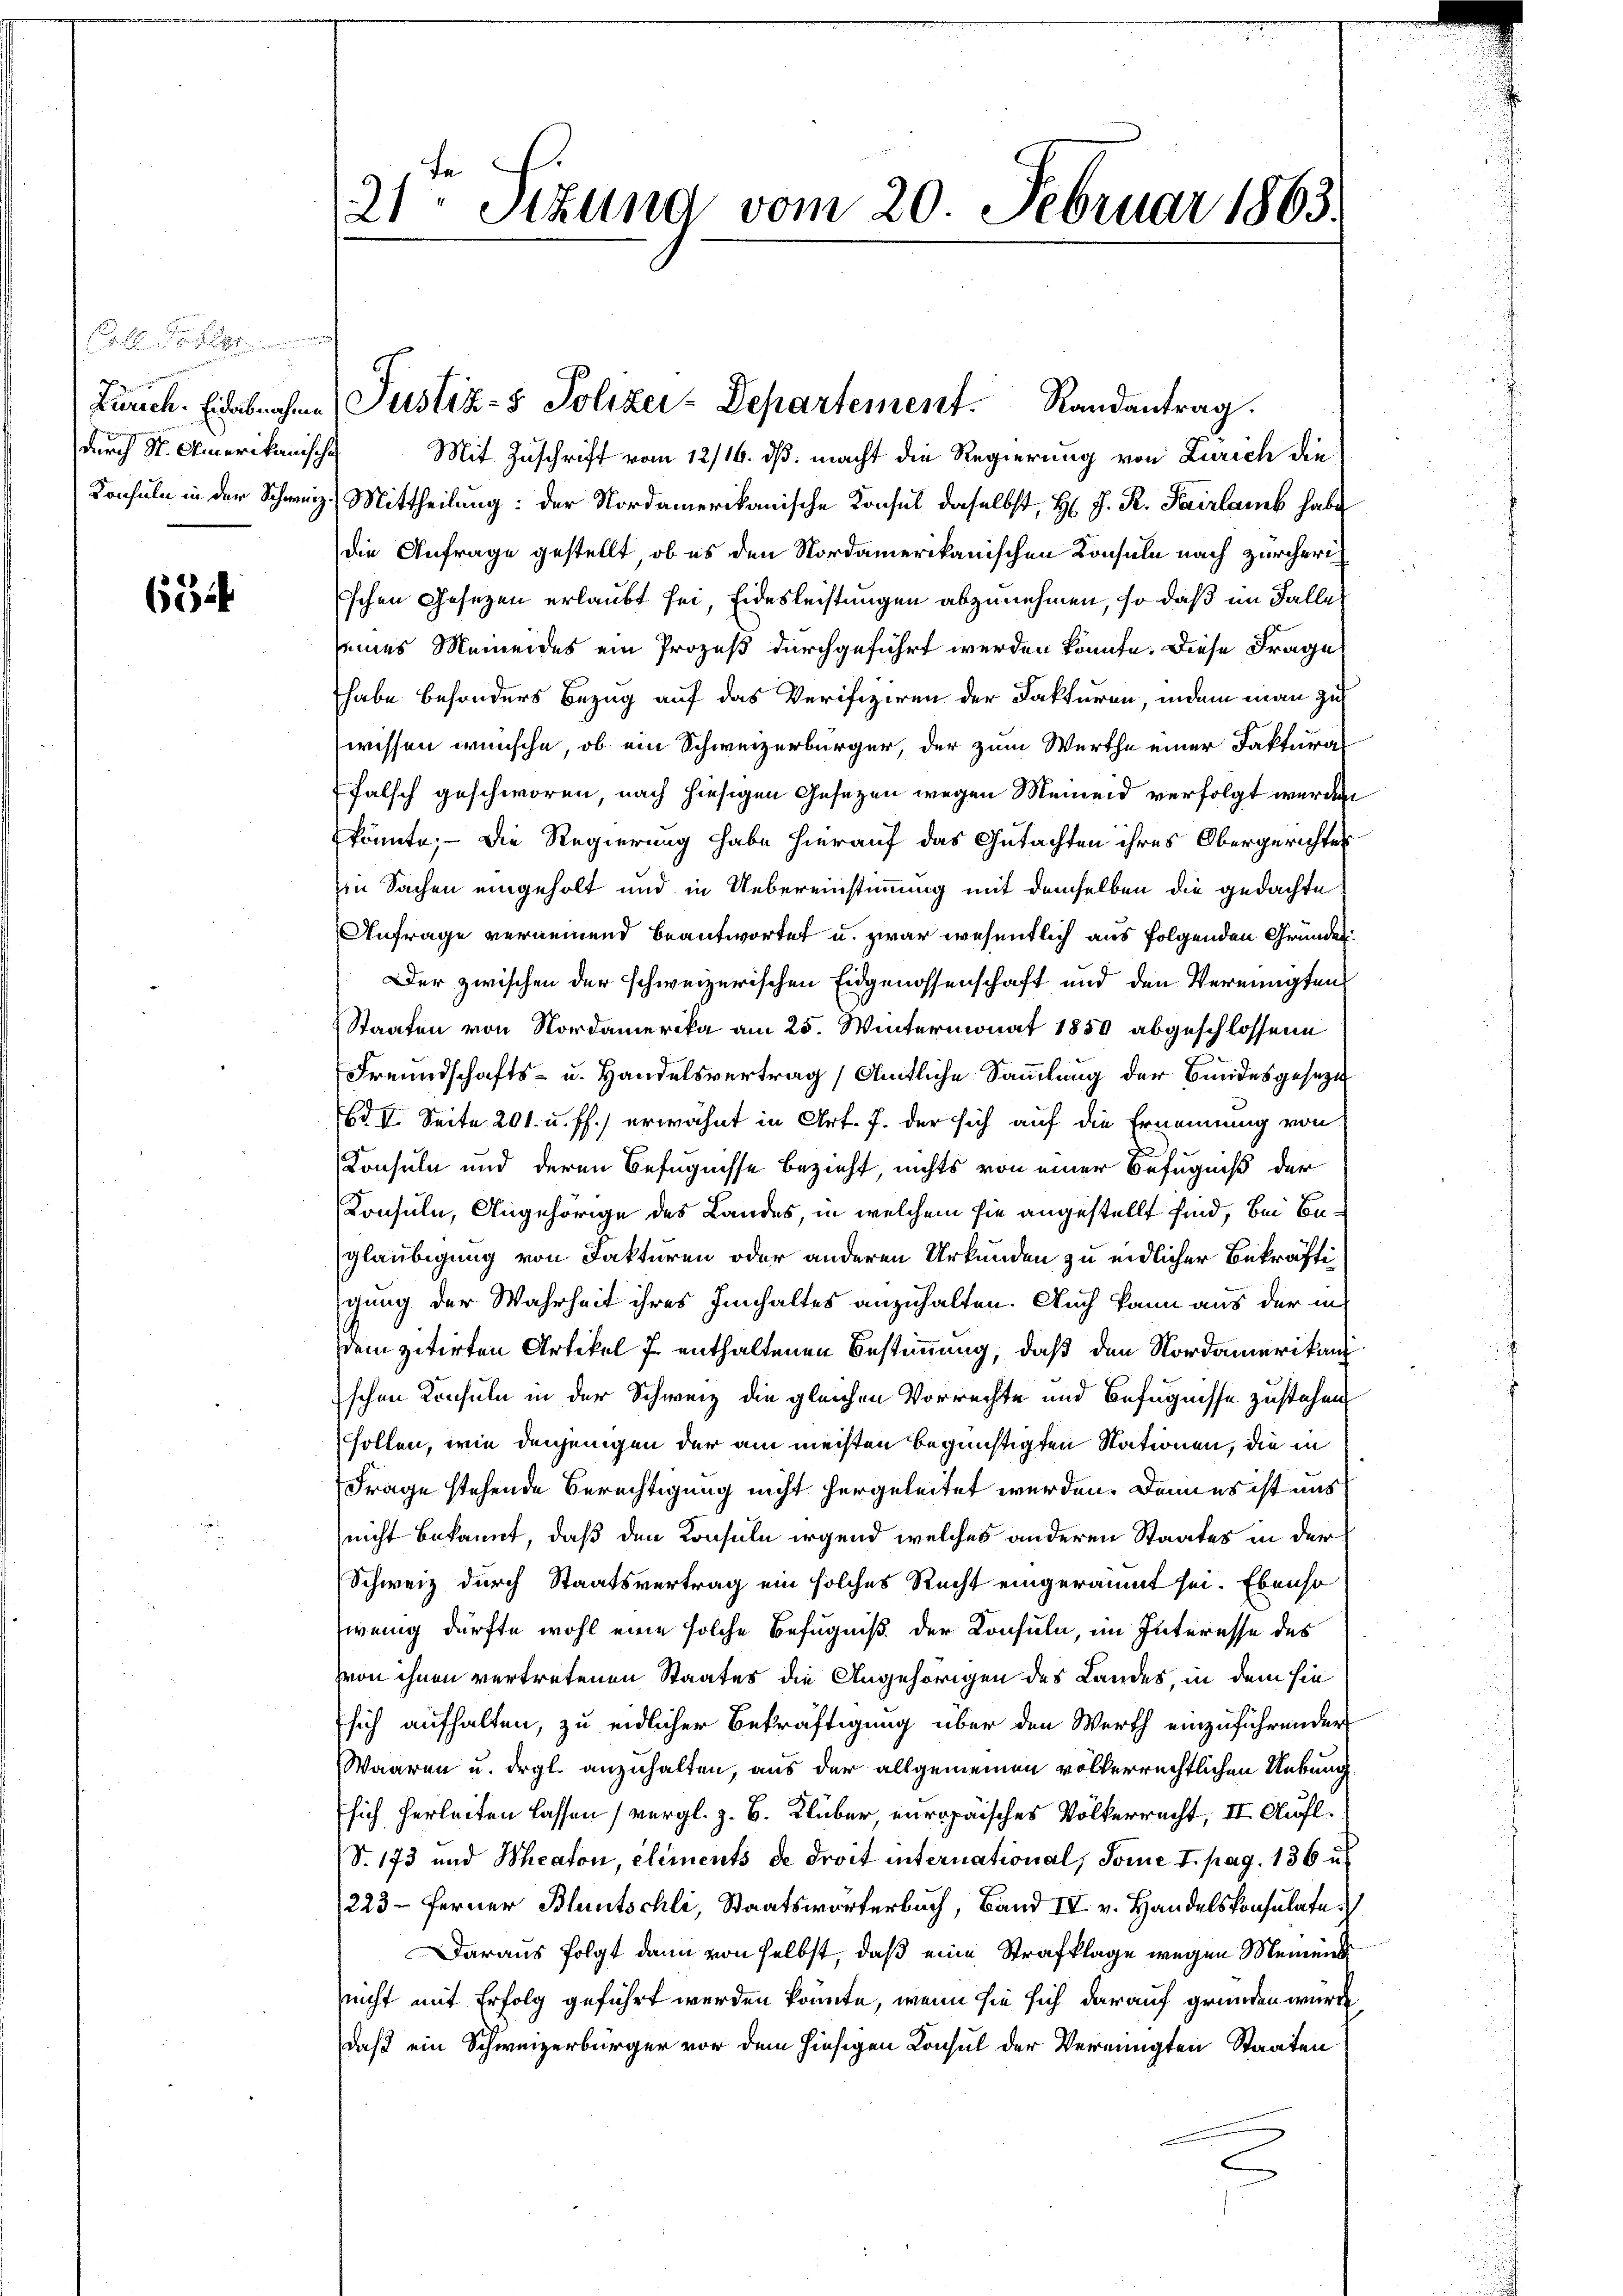
Colle
durch St. Amerikanische

654

Mit Zuschrift vom 12/16. ds. macht die Regierung von Zürich die
Konsuln in der Schweiz. Mittheilung: der Nordamerikanische Konsul daselbst, H. J. R. Heirlamb habe
die Anfrage gestellt, ob es den Nordamerikanischen Konsuln nach Zürcherischen Gesezen erlaubt sei, Eidesleistungen abzunehmen, so daß im Falle
seines Meineides ein Prozeß durchgeführt werden könnte. Diese Frages
habe besonders Bezug auf das Verifiziren der Fakturen, indem man zu
wissen wünsche, ob ein Schweizerbürger, der zum Werthe einer Fakturafalsch geschworen, nach hiesigen Gesezen wegen Meineid verfolgt werden
könnte; — Die Regierung habe hierauf das Gutachten ihres Obergerichtes
in Sachen eingeholt und in Uebereinstimmung mit demselben die gedachte
Anfrage vernemend beantwortet u. zwar wesentlich aus folgenden Gründet
Der zwischen der schweizerischen Eidgenossenschaft und den Vereinigten
Staaten von Nordamerika am 25. Wintermonat 1850 abgeschlossene
Freundschafts- u. Handelsvertrag (Amtliche Sammlung der Bundesgeseze
Ed II. Seite 201. u. ff.) erwähnt in Art. 7. der sich auf die Ernennung von
Konsula und deren Befugnisse bezieht, nichts von einer Befugniß der
Konsuln, Angehörige des Landes, in welchem sie angestellt sind, bei Beglaubigung von Fakturen oder anderen Urkunden zu eidlicher Bekräftigung der Wahrheit ihres Innhaltes anzuhalten. Auch kann aus der in
dem zitirten Artikel 7. enthaltenen Bestimmung, daß den Nordamerikanz
schen Konsuln in der Schweiz die gleichen Vorrechte und Befugnisse zustehen,
sollen, wie denjenigen der am meisten begünstigten Stationen, die in
Frage stehende Berechtigung nicht hergeleitet werden. Danes ist aus
nicht bekannt, daß den Konsuln irgend welches anderen Staates in der
Schweiz durch Staatsvertrag ein solches Recht eingeräumt sei. Ebenso
wenig dürfte wohl eine solche Befugniß der Konsuln, im Interesse des
von ihnen vertretenen Staates die Angehörigen des Landes, in dem sie
sich aufhalten, zu eidlicher Bekräftigung über den Werth einzuführender
Waaren u. drgl. anzuhalten, aus der allgemeinen völkerrechtlichen Uebung
sich herleiten lassen (vergl. z. B. Kluber, europaisches Völkerrecht, II. Aufl.
S. 173 und Theaton, elements de droit international, Some I. pag. 136 u.
223. Ferner Bluntschli, Staatsworterbuch, Band IV. v. Handelskonsulate
Daraus folgt dann von selbst, daß eine Strafklage wegen Meinens
nicht mit Erfolg geführt werden könnte, wenn sie sich darauf gründen würde
daß ein Schweizerbürger vor dem hiesigen Consul der Vereinigten Staaten

21. Sizung vom 20. Februar 1863.

Zürich. Eidebrochen Justiz- & Polizei-Departement. Randantrag.